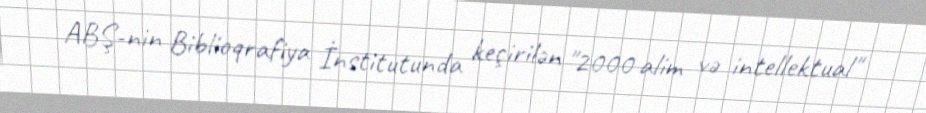
ABŞ-nin Biblioqrafiya İnstitutunda keçirilən "2000 alim və intellektual"